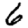
Digit: 6